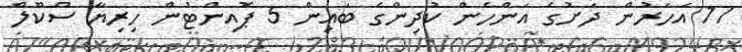
17 އަހަރުން ދަށުގެ އަންހެން ކުދިންގެ ބައިން 5 ޕޮއިންޓުން ހިރިޔާ ސްކޫލް